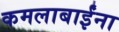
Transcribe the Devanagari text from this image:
कमलाबाईंना